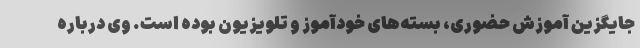
جایگزین آموزش حضوری، بسته‌های خودآموز و تلویزیون بوده است. وی درباره